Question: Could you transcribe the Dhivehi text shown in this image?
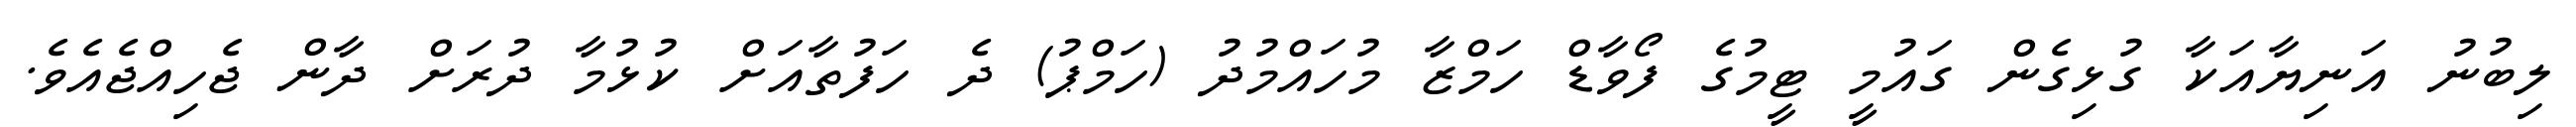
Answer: ލިބުނު އަނިޔާއަކާ ގުޅިގެން ގައުމީ ޓީމުގެ ފޯވާޑް ހަމްޒާ މުހައްމުދު (ހަމްޕު) ދެ ހަފުތާއަށް ކުޅުމާ ދުރަށް ދާން ޖެހިއްޖެއެވެ.